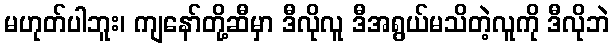
မဟုတ်ပါဘူး၊ ကျနော်တို့ဆီမှာ ဒီလိုလူ ဒီအရွယ်မသိတဲ့လူကို ဒီလိုဘဲ